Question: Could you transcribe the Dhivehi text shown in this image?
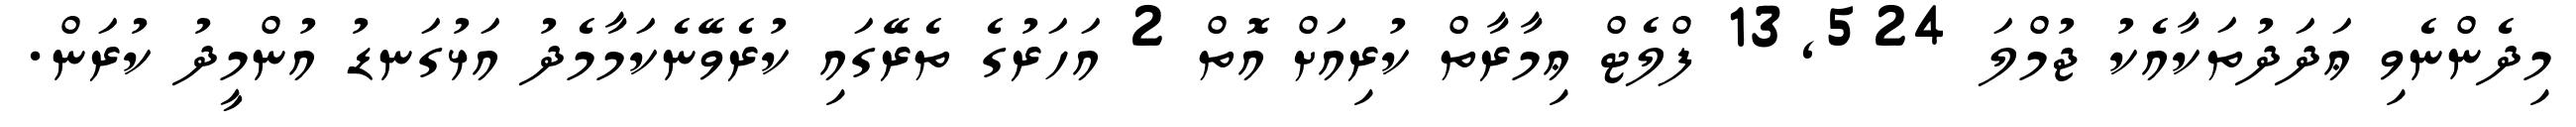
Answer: މިދެންނެވި ޢަދަދުތަކާއެކު ޖުމްލަ 13,524 ފްލެޓް ޢިމާރާތް ކުރިއަށް އޮތް 2 އަހަރުގެ ތެރޭގައި ކުރެވޭނެކަމާމެދު އަޅުގަނޑު އުންމީދު ކުރަން.